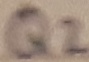
Text: Q2